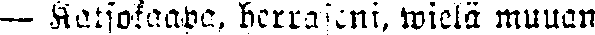
— kertokaapa, herraseni, wielä muuan